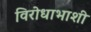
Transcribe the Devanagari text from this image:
विरोधाभाशी